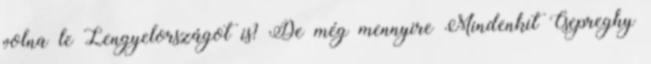
volna le Lengyelországot is? De még mennyire Mindenkit Csepreghy